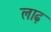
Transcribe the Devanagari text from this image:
लाढ़